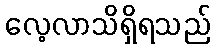
လေ့လာသိရှိရသည်